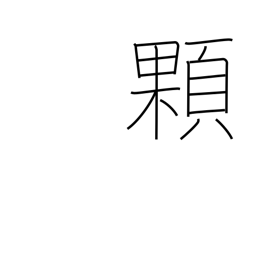
Meaning: grain (e.g. rice)